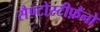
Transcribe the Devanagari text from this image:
सैण्टोस्टीफ़ैनो